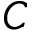
C